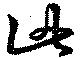
此